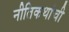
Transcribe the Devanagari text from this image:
नीतिकथांची